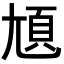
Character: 𡯺